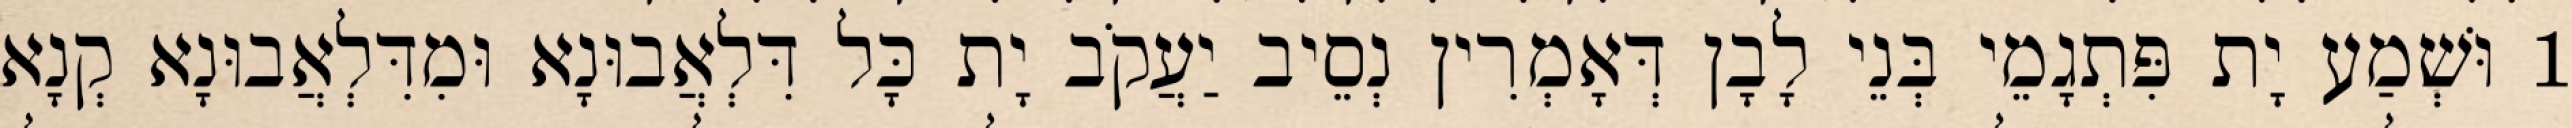
1 וּשְׁמַע יָת פִּתְגָמֵי בְּנֵי לָבָן דְּאָמְרִין נְסֵיב יַעֲקֹב יָת כָּל דִּלְאֲבוּנָא וּמִדִּלְאֲבוּנָא קְנָא